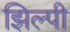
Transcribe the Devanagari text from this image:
झिल्पी